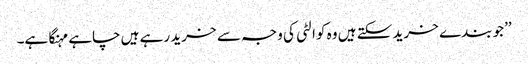
’’جو بندے خرید سکتے ہیں وہ کوالٹی کی وجہ سے خرید رہے ہیں چاہے مہنگا ہے۔